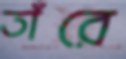
তাঁরে